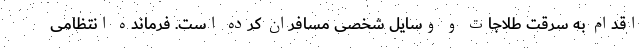
اقدام به سرقت طلاجات و وسایل شخصی مسافران کرده است. فرمانده انتظامی